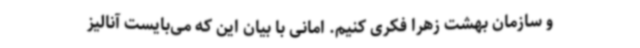
و سازمان بهشت زهرا فکری کنیم. امانی با بیان این که می‌بایست آنالیز